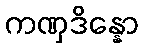
ကဏှဒိန္နော